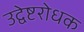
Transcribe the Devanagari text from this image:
उद्वेष्टरोधक